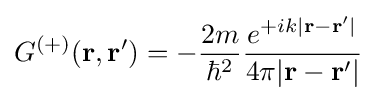
G^{(+)}(\mathbf {r} ,\mathbf {r} ')=-{\frac {2m}{\hbar ^{2}}}{\frac {e^{+ik|\mathbf {r} -\mathbf {r} '|}}{4\pi |\mathbf {r} -\mathbf {r} '|}}